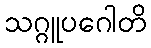
သဂ္ဂူပဂေါတိ